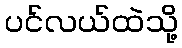
ပင်လယ်ထဲသို့